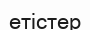
етістер